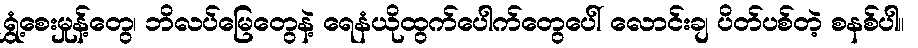
ရွှံ့စေးမှုန့်တွေ၊ ဘိလပ်မြေတွေနဲ့ ရေနံယိုထွက်ပေါက်တွေပေါ် လောင်းချ ပိတ်ပစ်တဲ့ စနစ်ပါ။